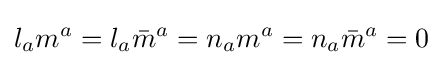
l_{a}m^{a}=l_{a}{\bar {m}}^{a}=n_{a}m^{a}=n_{a}{\bar {m}}^{a}=0